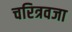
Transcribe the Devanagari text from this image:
चरित्रवजा